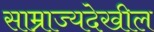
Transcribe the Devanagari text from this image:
साम्राज्यदेखील